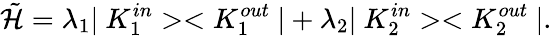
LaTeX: \tilde{\cal H}=\lambda_{1}|\ K_{1}^{in}><K_{1}^{out}\ |+\lambda_{2}|\ K_{2}^{in}><K_{2}^{out}\ |.